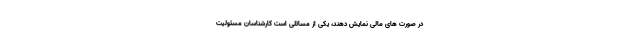
در صورت های مالی نمایش دهند، یکی از مسائلی است کارشناسان مسئولیت